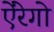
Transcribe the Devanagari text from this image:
ऐंरेगो